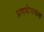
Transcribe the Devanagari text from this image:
प्रणवोपासना